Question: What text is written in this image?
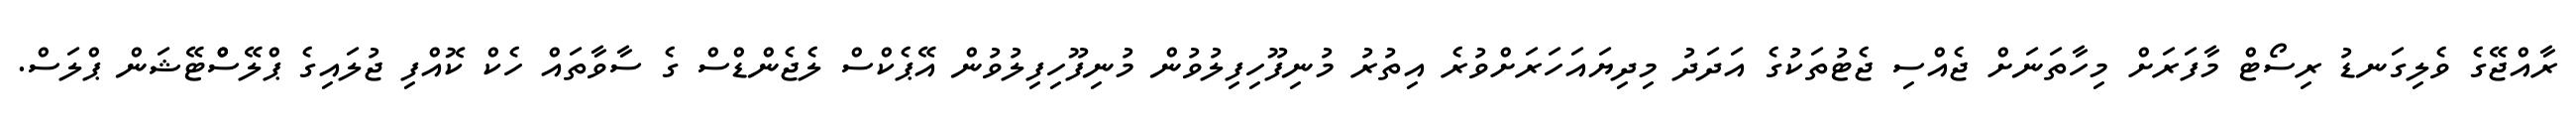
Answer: ރާއްޖޭގެ ވެލިގަނޑު ރިސޯޓް މާފަރަށް މިހާތަނަށް ޖެއްސި ޖެޓުތަކުގެ އަދަދު މިދިޔައަހަރަށްވުރެ އިތުރު މުނިފޫހިފިލުވުން މުނިފޫހިފިލުވުން އޭޕެކްސް ލެޖެންޑްސް ގެ ސާވާތައް ހެކް ކޮއްފި ޖުލައިގެ ޕްލޭސްްޓޭޝަން ޕްލަސް.